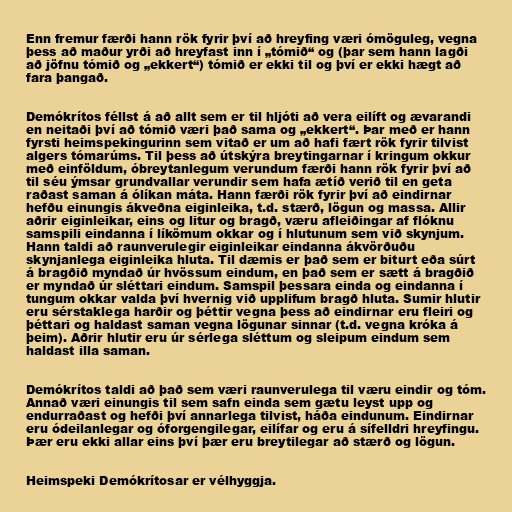
Enn fremur færði hann rök fyrir því að hreyfing væri ómöguleg, vegna
þess að maður yrði að hreyfast inn í „tómið“ og (þar sem hann lagði
að jöfnu tómið og „ekkert“) tómið er ekki til og því er ekki hægt að
fara þangað.

Demókrítos féllst á að allt sem er til hljóti að vera eilíft og ævarandi
en neitaði því að tómið væri það sama og „ekkert“. Þar með er hann
fyrsti heimspekingurinn sem vitað er um að hafi fært rök fyrir tilvist
algers tómarúms. Til þess að útskýra breytingarnar í kringum okkur
með einföldum, óbreytanlegum verundum færði hann rök fyrir því að
til séu ýmsar grundvallar verundir sem hafa ætíð verið til en geta
raðast saman á ólíkan máta. Hann færði rök fyrir því að eindirnar
hefðu einungis ákveðna eiginleika, t.d. stærð, lögun og massa. Allir
aðrir eiginleikar, eins og litur og bragð, væru afleiðingar af flóknu
samspili eindanna í líkömum okkar og í hlutunum sem við skynjum.
Hann taldi að raunverulegir eiginleikar eindanna ákvörðuðu
skynjanlega eiginleika hluta. Til dæmis er það sem er biturt eða súrt
á bragðið myndað úr hvössum eindum, en það sem er sætt á bragðið
er myndað úr sléttari eindum. Samspil þessara einda og eindanna í
tungum okkar valda því hvernig við upplifum bragð hluta. Sumir hlutir
eru sérstaklega harðir og þéttir vegna þess að eindirnar eru fleiri og
þéttari og haldast saman vegna lögunar sinnar (t.d. vegna króka á
þeim). Aðrir hlutir eru úr sérlega sléttum og sleipum eindum sem
haldast illa saman.

Demókrítos taldi að það sem væri raunverulega til væru eindir og tóm.
Annað væri einungis til sem safn einda sem gætu leyst upp og
endurraðast og hefði því annarlega tilvist, háða eindunum. Eindirnar
eru ódeilanlegar og óforgengilegar, eilífar og eru á sífelldri hreyfingu.
Þær eru ekki allar eins því þær eru breytilegar að stærð og lögun.

Heimspeki Demókrítosar er vélhyggja.